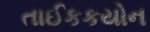
તાઈકકયોન